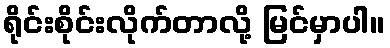
ရိုင်းစိုင်းလိုက်တာလို့ မြင်မှာပါ။